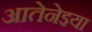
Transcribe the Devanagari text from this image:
आतेनेइया